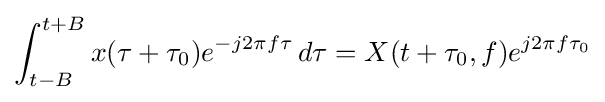
\int _{t-B}^{t+B}x(\tau +\tau _{0})e^{-j2\pi f\tau }\,d\tau =X(t+\tau _{0},f)e^{j2\pi f\tau _{0}}